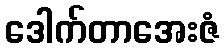
ဒေါက်တာအေးဇံ